Lunatic asylums Punjab 1895-1910 - 1895-1910
Year: 1895
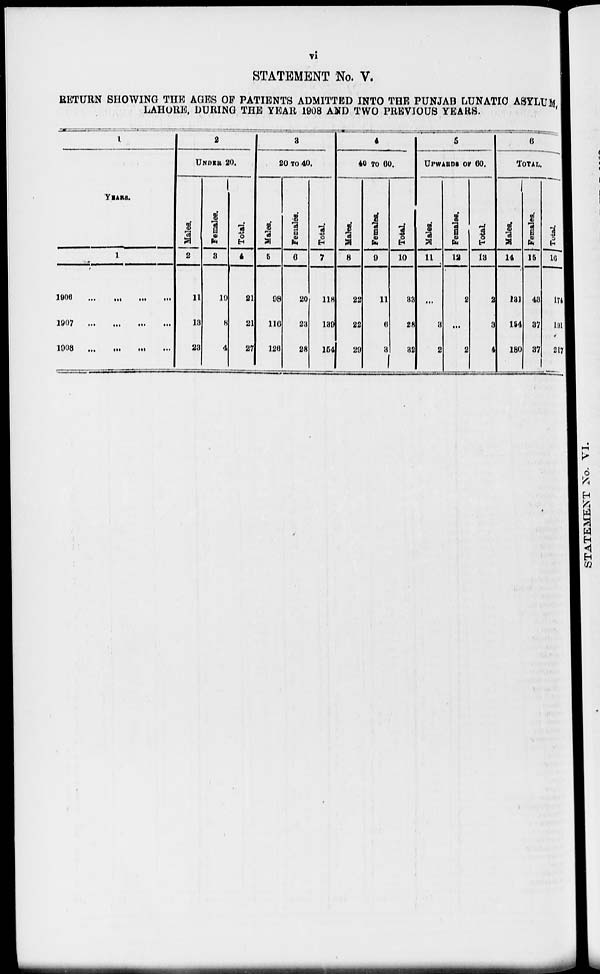
vi
STATEMENT No. V.
RETURN SHOWING THE AGES OF PATIENTS ADMITTED INTO THE PUNJAB LUNATIC ASYLUM,
LAHORE, DURING THE YEAR 1908 AND TWO PREVIOUS YEARS.
1
YEARS.
1
1906
...
...
...
...
1907 ... ... ... ...
1908
...
...
...
...
2
UNDER 20.
Males.
2
11
13
23
Females.
8
10
8
4
Total.
4
21
21
27
3
20 TO 40.
Males.
5
98
116
126
Females.
0
20
23
28
Total.
7
118
139
154
4
40 TO 60.
Males.
8
22
22
29
Females.
0
11
6
3
Total.
10
33
28
32
5
UPWARDS OF 60.
Males.
11
...
3
2
Females.
12
2
...
2
Total.
13
2
3
4
6
TOTAL .
Males.
14
181
154
180
Females.
15
43
37
37
Total.
16
174
191
217